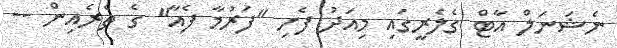
ނެޝަނަލް އާޓް ގެލެރީގައި މިއަދު ފެށި "ފަރުމާ ފެއާ" ގެ ތެރެއިން --